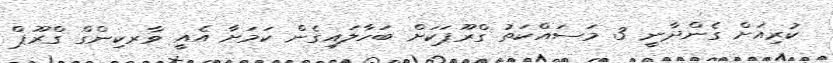
ކުރިއަށް ގެންދާނީ 3 މަސައްކަތު ގްރޫޕަކަށް ބަހާލައިގެން ކަމަށާ އެއީ ވާރކިންގް ގްރޫޕް